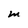
Character: M